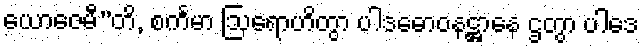
ယောဇေမီ”တိ, စင်္ကမာ ဩရောဟိတွာ ပါဒဓောဝနဋ္ဌာနေ ဌတွာ ပါဒေ